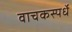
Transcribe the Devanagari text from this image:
वाचकस्पर्धे